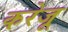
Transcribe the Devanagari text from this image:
करेजू